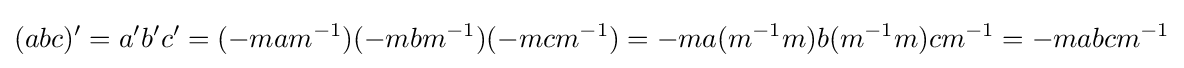
(abc)'=a'b'c'=(-mam^{-1})(-mbm^{-1})(-mcm^{-1})=-ma(m^{-1}m)b(m^{-1}m)cm^{-1}=-mabcm^{-1}